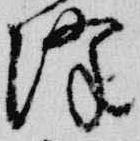
降